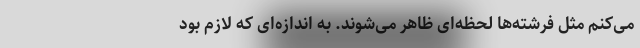
می‌کنم مثل فرشته‌ها لحظه‌ای ظاهر می‌شوند. به اندازه‌ای که لازم بود